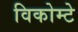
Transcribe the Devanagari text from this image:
विकोम्‍टे